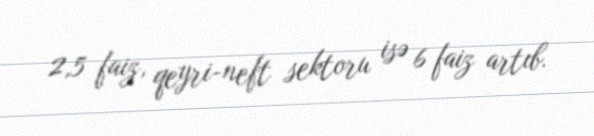
2,5 faiz, qeyri-neft sektoru isə 6 faiz artıb.